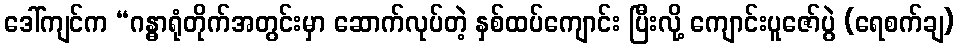
ဒေါ်ကျင်က “ဂန္ဓာရုံတိုက်အတွင်းမှာ ဆောက်လုပ်တဲ့ နှစ်ထပ်ကျောင်း ပြီးလို့ ကျောင်းပူဇော်ပွဲ (ရေစက်ချ)